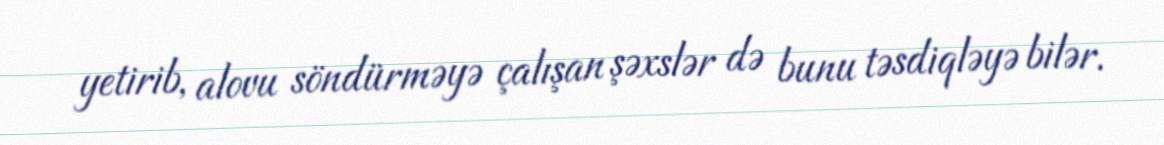
yetirib, alovu söndürməyə çalışan şəxslər də bunu təsdiqləyə bilər.